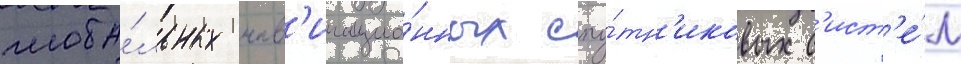
глоба́льных нав'игацио́нных спу́тн'иковых с'ист'е́м